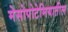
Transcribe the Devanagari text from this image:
मेसोपोटेमियातील